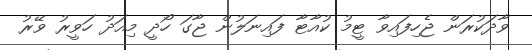
ވާދަކުރަން ޖެހިފައިވާ ޓީމު ކުއާޓާ ފައިނަލުން ޖާގަ ހޯދީ މިއަދު ހަވީރު ވޭރު